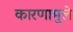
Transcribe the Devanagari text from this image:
कारणामुले